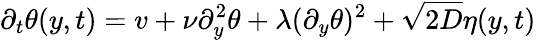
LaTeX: \partial_{t}\theta(y,t)=v+\nu\partial_{y}^{2}\theta+\lambda(\partial_{y}\theta)^{2}+\sqrt{2D}\eta(y,t)